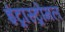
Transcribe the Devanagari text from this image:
इंट्रास्ट्रोमल